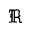
\Re